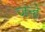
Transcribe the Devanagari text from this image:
जन्हे